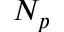
N _ { p }